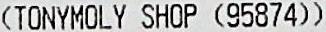
(TONYMOLY SHOP (95874))